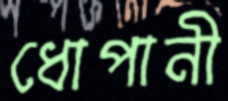
ধোপানী